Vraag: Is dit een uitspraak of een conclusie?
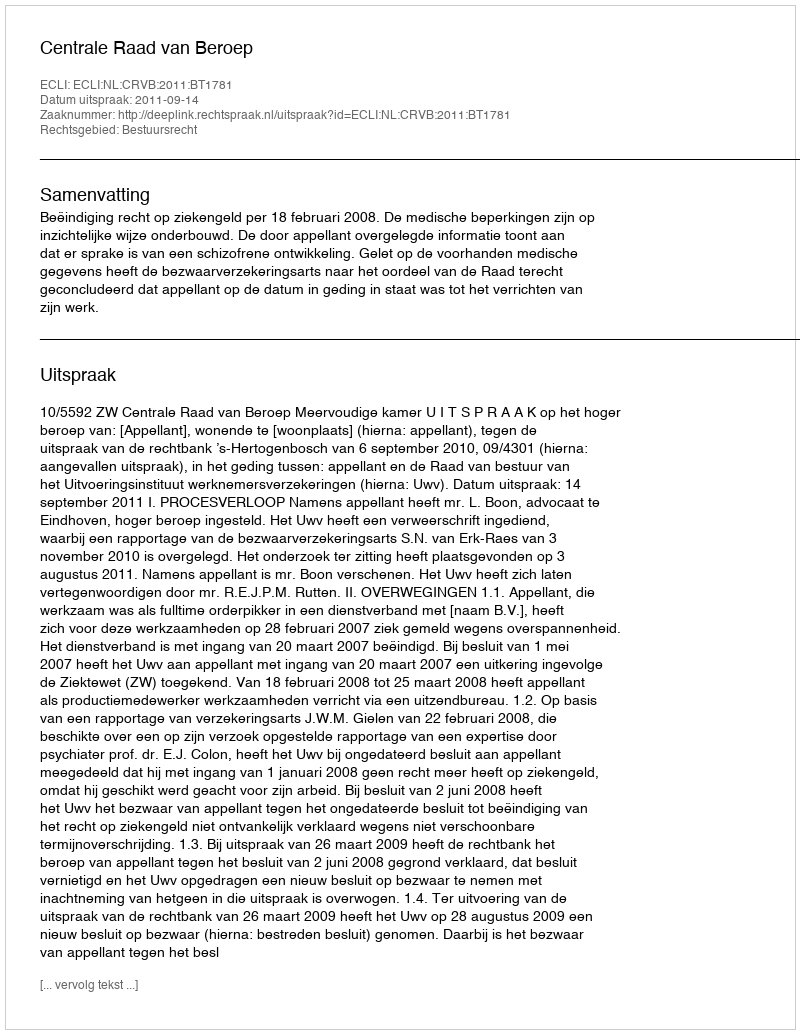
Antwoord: Uitspraak